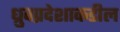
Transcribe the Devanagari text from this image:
ध्रुवप्रदेशाकडील